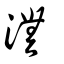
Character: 潕